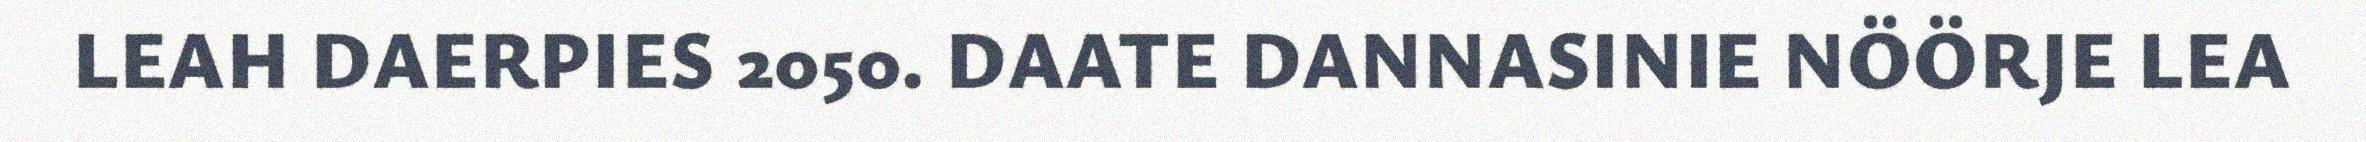
LEAH DAERPIES 2050. DAATE DANNASINIE NÖÖRJE LEA